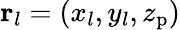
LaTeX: {\mathbf r}_{l}=(x_{l},y_{l},z_{\mathrm{p}})